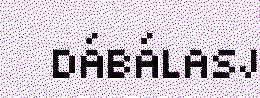
DÁBÁLASJ